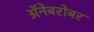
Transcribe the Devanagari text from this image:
अॅनेबरोबर